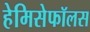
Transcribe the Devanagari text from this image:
हेमिसेफॉलस